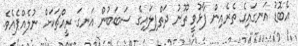
އެބޮޑު އަނގައިގެ ތެރެއިން ފާޅުވީ ތޫނު ދަތްޕިލައިގެ ސަބަބުން އަނގަ ރީއްޗަކަށް ނުލެއްޕެއެވެ.